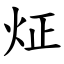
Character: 炡